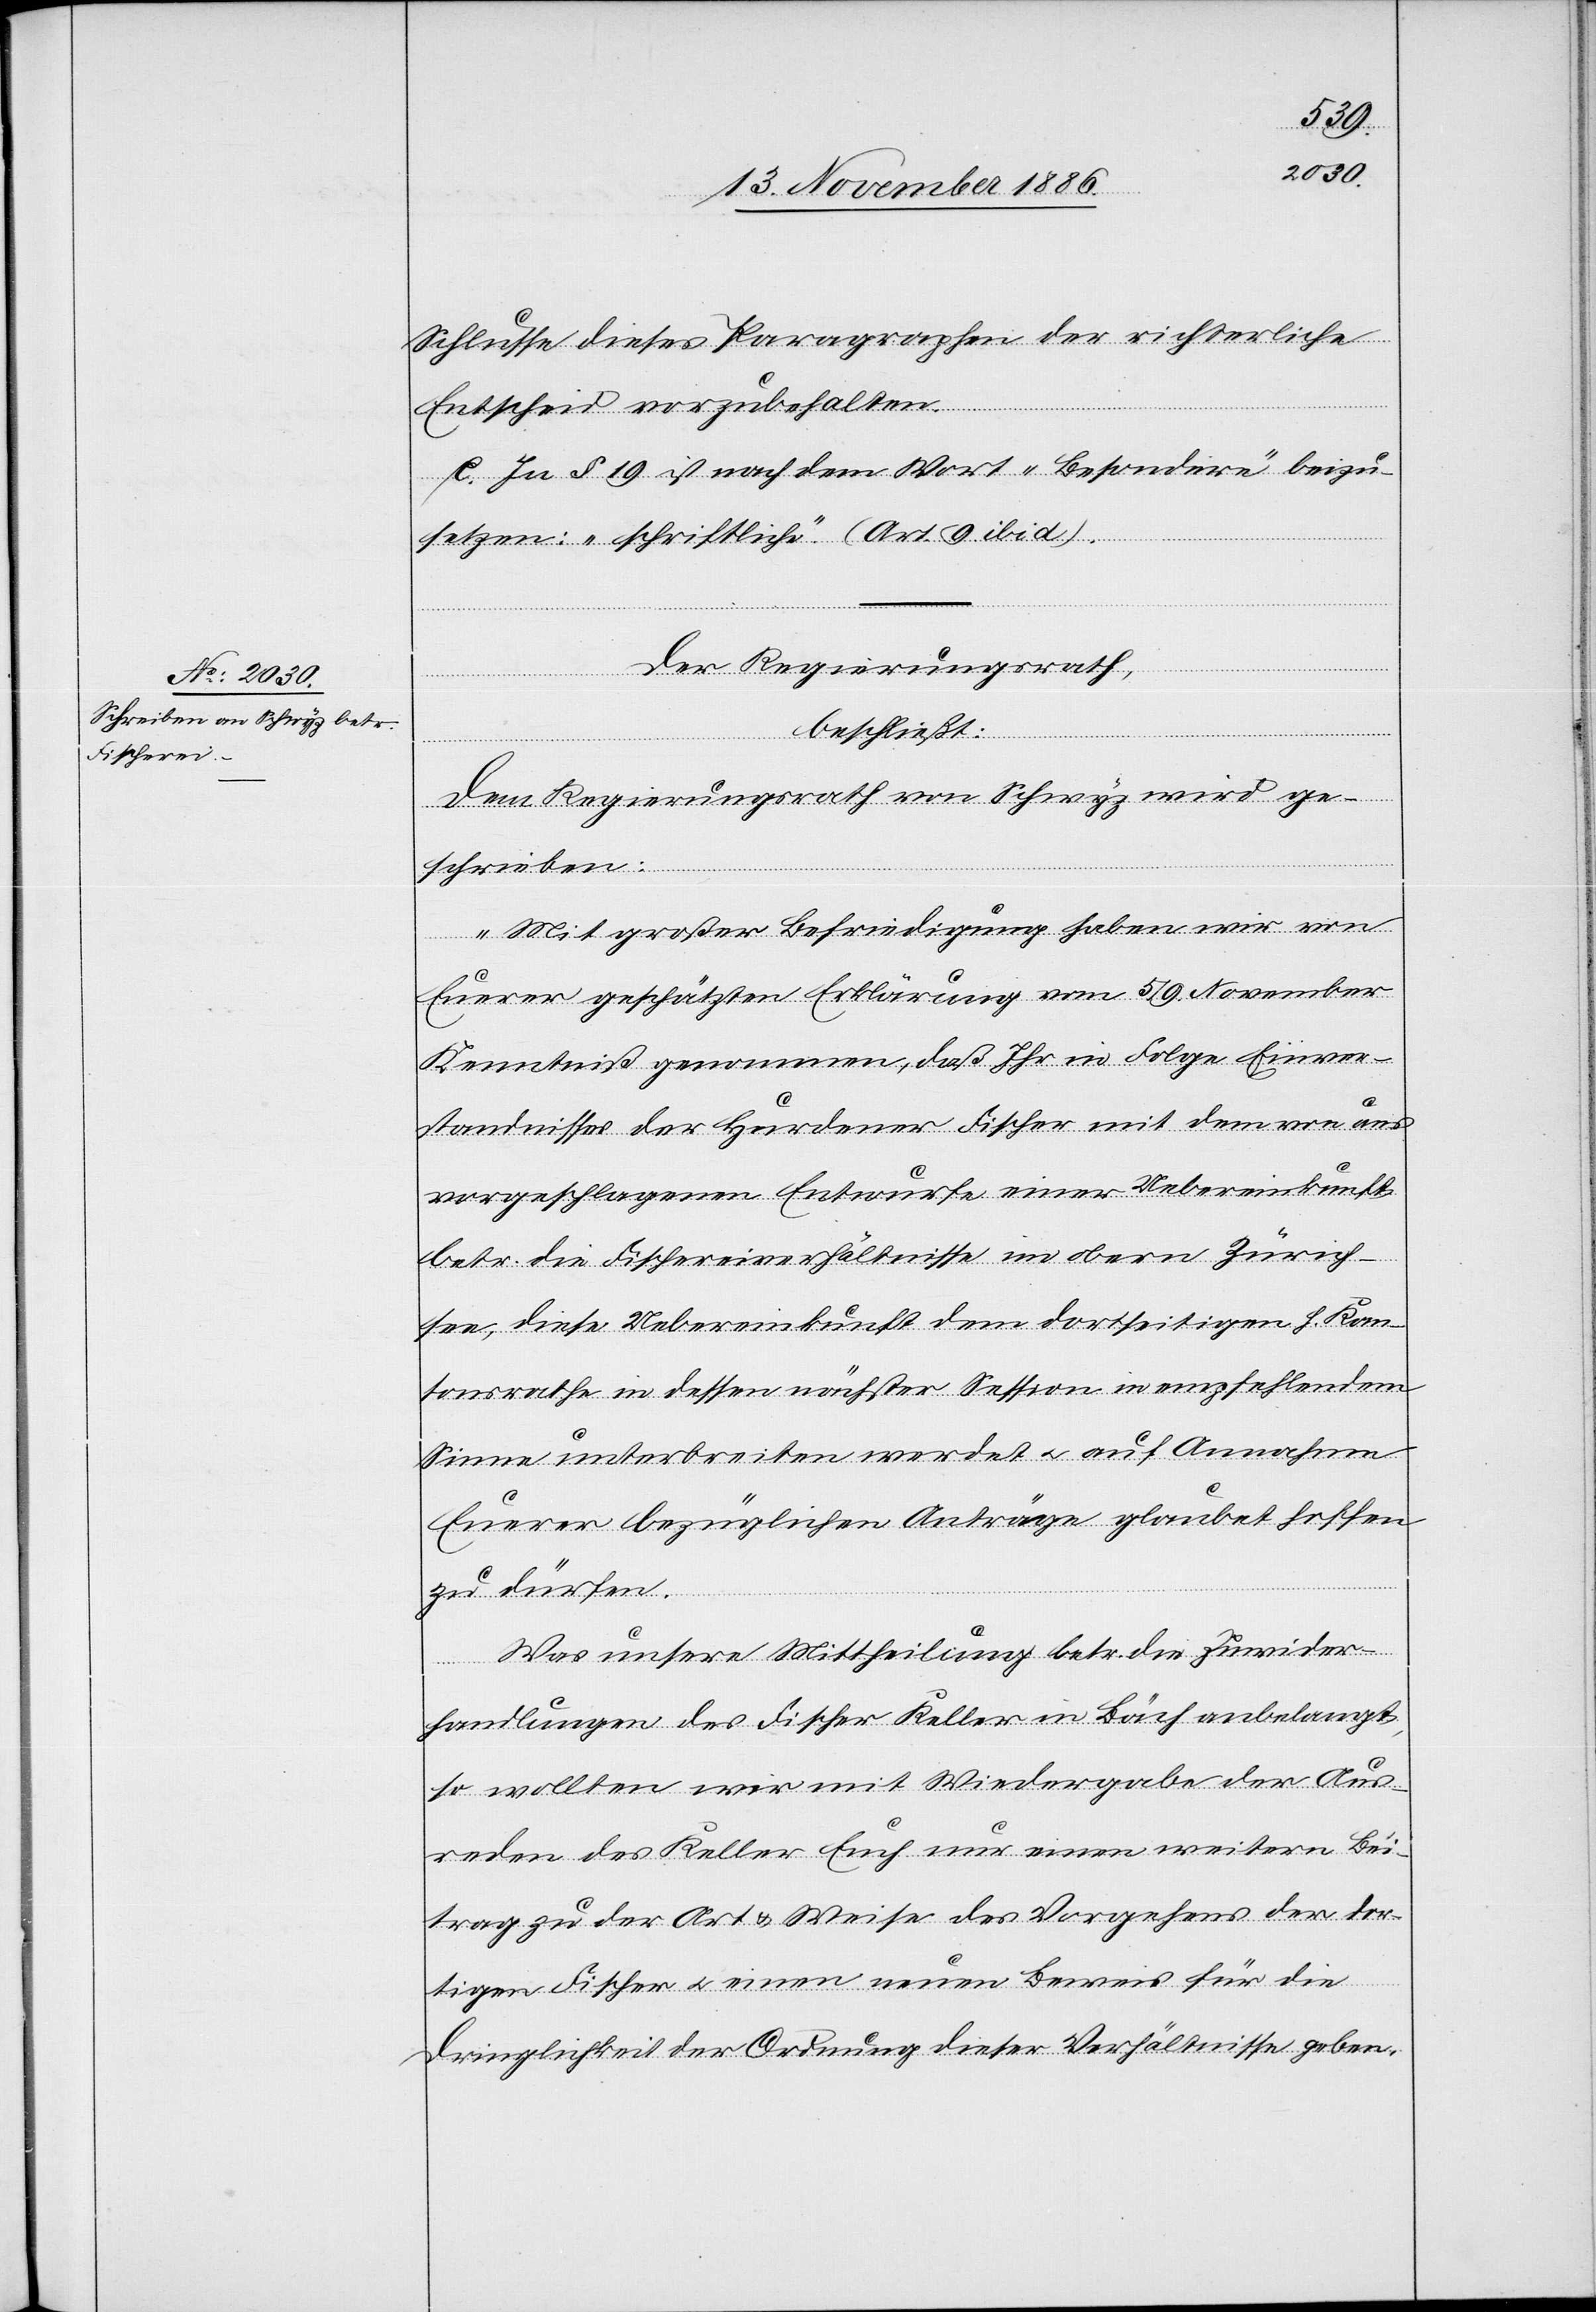
Schlusse dieses Paragraphen der richterliche
Entscheid vorzubehalten.
e. In § 19 ist nach dem Wort „Besondere“ beizu¬
setzen: „schriftliche“. (Art. 9 ibid).
Der Regierungsrath,
beschließt:
Dem Regierungsrath von Schwyz wird ge¬
schrieben:
„Mit großer Befriedigung haben wir von
Euerer geschätzten Erklärung vom 5./9. November
Kenntniß genommen, daß Ihr in Folge Einver¬
standnisses [sic!] der Hurdener Fischer mit dem von uns
vorgeschlagenen Entwurfe einer Uebereinkunft
betr. die Fischereiverhältnisse im obern Zürich¬
see, diese Uebereinkunft dem dortseitigen h. Kan¬
tonsrathe in dessen nächster Session in empfehlendem
Sinne unterbreiten werdet & auf Annahme
Euerer bezüglichen Anträge glaubet hoffen
zu dürfen.
Was unsere Mittheilung betr. die Zuwider¬
handlungen des Fischer Keller in Bäch anbelangt,
so wollten wir mit Wiedergabe der Aus¬
reden des Keller Euch nur einen weitern Bei¬
trag zu der Art & Weise des Vorgehens der dor¬
tigen Fischer & einen neuen Beweis für die
Dringlichkeit der Ordnung dieser Verhältnisse geben.